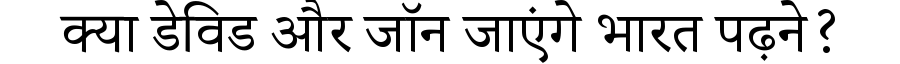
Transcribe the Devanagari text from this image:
क्या डेविड और जॉन जाएंगे भारत पढ़ने?